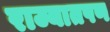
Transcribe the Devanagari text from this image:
राज्यातपण